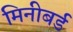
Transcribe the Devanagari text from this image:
मिनीबर्ड